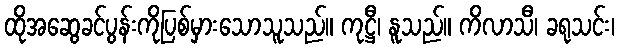
ထိုအဆွေခင်ပွန်းကိုပြစ်မှားသောသူသည်။ ကုဋ္ဌီ၊ နူသည်။ ကိလာသီ၊ ခရုသင်း၊